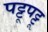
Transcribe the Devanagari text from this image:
पट्टूपट्टू